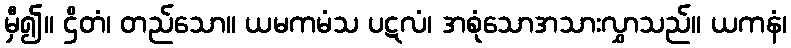
မှီ၍။ ဌိတံ၊ တည်သော။ ယမကမံသ ပဋလံ၊ အစုံသောအသားလွှာသည်။ ယကနံ၊